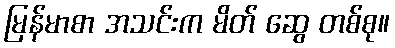
မြန်မာစာ အသင်းက မိတ် ဆွေ တစ်စု။